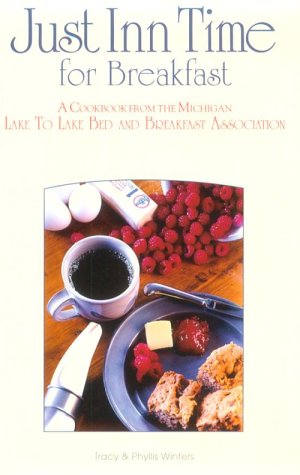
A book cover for Just Inn Time for Breakfast: A Cookbook from the Michigan Lake to Lake Bed and Breakfast Association; Tracy Winters; Travel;